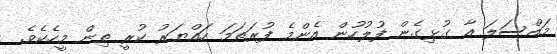
މައްސަލަ އާ ގުޅިގެން ފުލުހުން އެންމެ ފުރަތަަމަ ހައްޔަރު ކުރީ ތިން މީހެކެވެ.